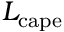
L _ { \mathrm { c a p e } }